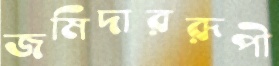
জমিদাররূপী